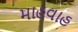
માહવાહ